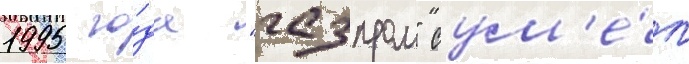
1995 го́да "газпром" сум'е́л